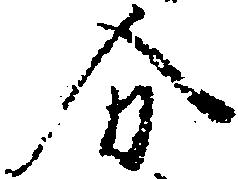
分